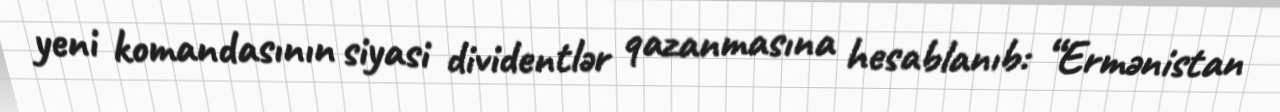
yeni komandasının siyasi dividentlər qazanmasına hesablanıb: “Ermənistan